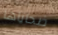
ضحاياها